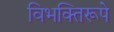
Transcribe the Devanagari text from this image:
विभक्तिरूपे